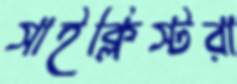
সাইক্লিস্টরা